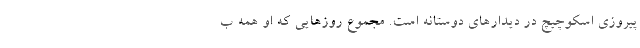
پیروزی اسکوچیچ در دیدارهای دوستانه است. مجموع روزهایی که او همه ب